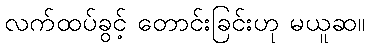
လက်ထပ်ခွင့် တောင်းခြင်းဟု မယူဆ။